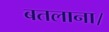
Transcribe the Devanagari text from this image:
बतलाना।